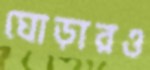
ঘোড়ারও